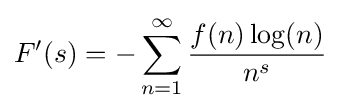
F'(s)=-\sum _{n=1}^{\infty }{\frac {f(n)\log(n)}{n^{s}}}